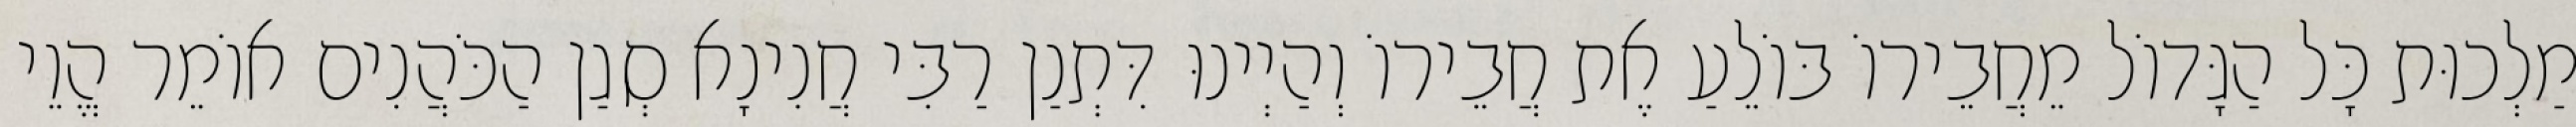
מַלְכוּת כָּל הַגָּדוֹל מֵחֲבֵירוֹ בּוֹלֵעַ אֶת חֲבֵירוֹ וְהַיְינוּ דִּתְנַן רַבִּי חֲנִינָא סְגַן הַכֹּהֲנִים אוֹמֵר הֱוֵי